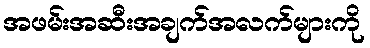
အဖမ်းအဆီးအချက်အလက်များကို